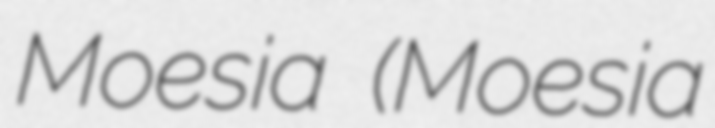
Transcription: Moesia (Moesia